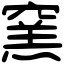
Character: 窯